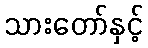
သားတော်နှင့်